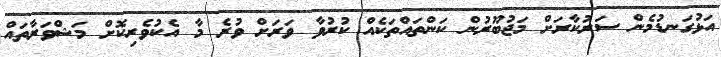
އަޅުގަނޑުމެން ސަރުކާރަށް މަޖުބޫރުން ކަންތައްތަކެއް ކުރުވާ ވަރަށް ވުރެ މާ އެކުވެރިކޮށް މަޝްވަރާތައް